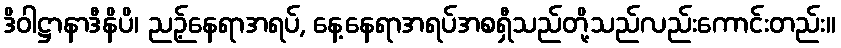
ဒိဝါဋ္ဌာနာဒီနိပိ၊ ညဉ့်နေရာအရပ်, နေ့နေရာအရပ်အစရှီသည်တို့သည်လည်းကောင်းတည်း။